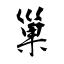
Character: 巢